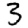
Digit: 3